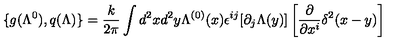
\{ g ( \Lambda ^ { 0 } ) , q ( \Lambda ) \} = \frac k { 2 \pi } \int d ^ { 2 } x d ^ { 2 } y \Lambda ^ { ( 0 ) } ( x ) \epsilon ^ { i j } [ \partial _ { j } \Lambda ( y ) ] \left[ \frac \partial { \partial x ^ { i } } \delta ^ { 2 } ( x - y ) \right]